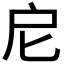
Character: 𢨩